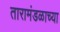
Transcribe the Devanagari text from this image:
तारामंडळाच्या